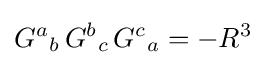
{G^{a}}_{b}\,{G^{b}}_{c}\,{G^{c}}_{a}=-R^{3}